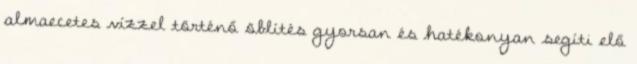
almaecetes vízzel történő öblítés gyorsan és hatékonyan segíti elő